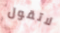
لاتقول